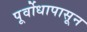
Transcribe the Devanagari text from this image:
पूर्वोधापासून